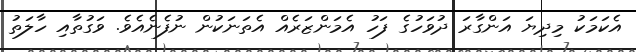
އެކަމަކު މިދިޔަ އަންގާރަ ދުވަހުގެ ފަހު އެމަންޒަރެއް އެތަަނަކުން ނުފެނެއެވެ. ވަގުތާއި ހާލަތު